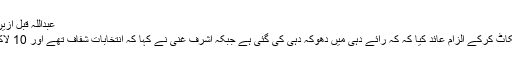
عبداللہ قبل ازیں صدارتی دوڑ میں آگے سمجھے جارہے تھے
لیکن انہوں نے رائے دہی کی کارروائی کا بائیکاٹ کرکے الزام عائد کیا کہ کہ رائے دہی میں دھوکہ دہی کی گئی ہے جبکہ اشرف غنی نے کہا کہ انتخابات شفاف تھے اور 10 لاکھ سے زیادہ ووٹوں کی انہیں سبقت حاصل ہے۔